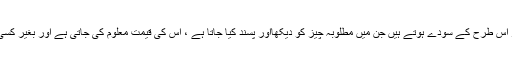
اس مسئلہ کو یہاں اسی لئے ذکر کیا جارہا ہے کہ ہمارے یہاں بے شمار اس طرح کے سودے ہوتے ہیں جن میں مطلوبہ چیز کو دیکھااور پسند کیا جاتا ہے ، اس کی قیمت معلوم کی جاتی ہے اور بغیر کسی زبانی رضامندی کے قیمت ادا کرکے وہ مطلوبہ چیز لے لی جاتی ہے۔